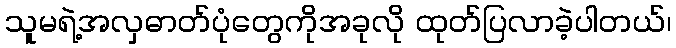
သူမရဲ့အလှဓာတ်ပုံတွေကိုအခုလို ထုတ်ပြလာခဲ့ပါတယ်၊